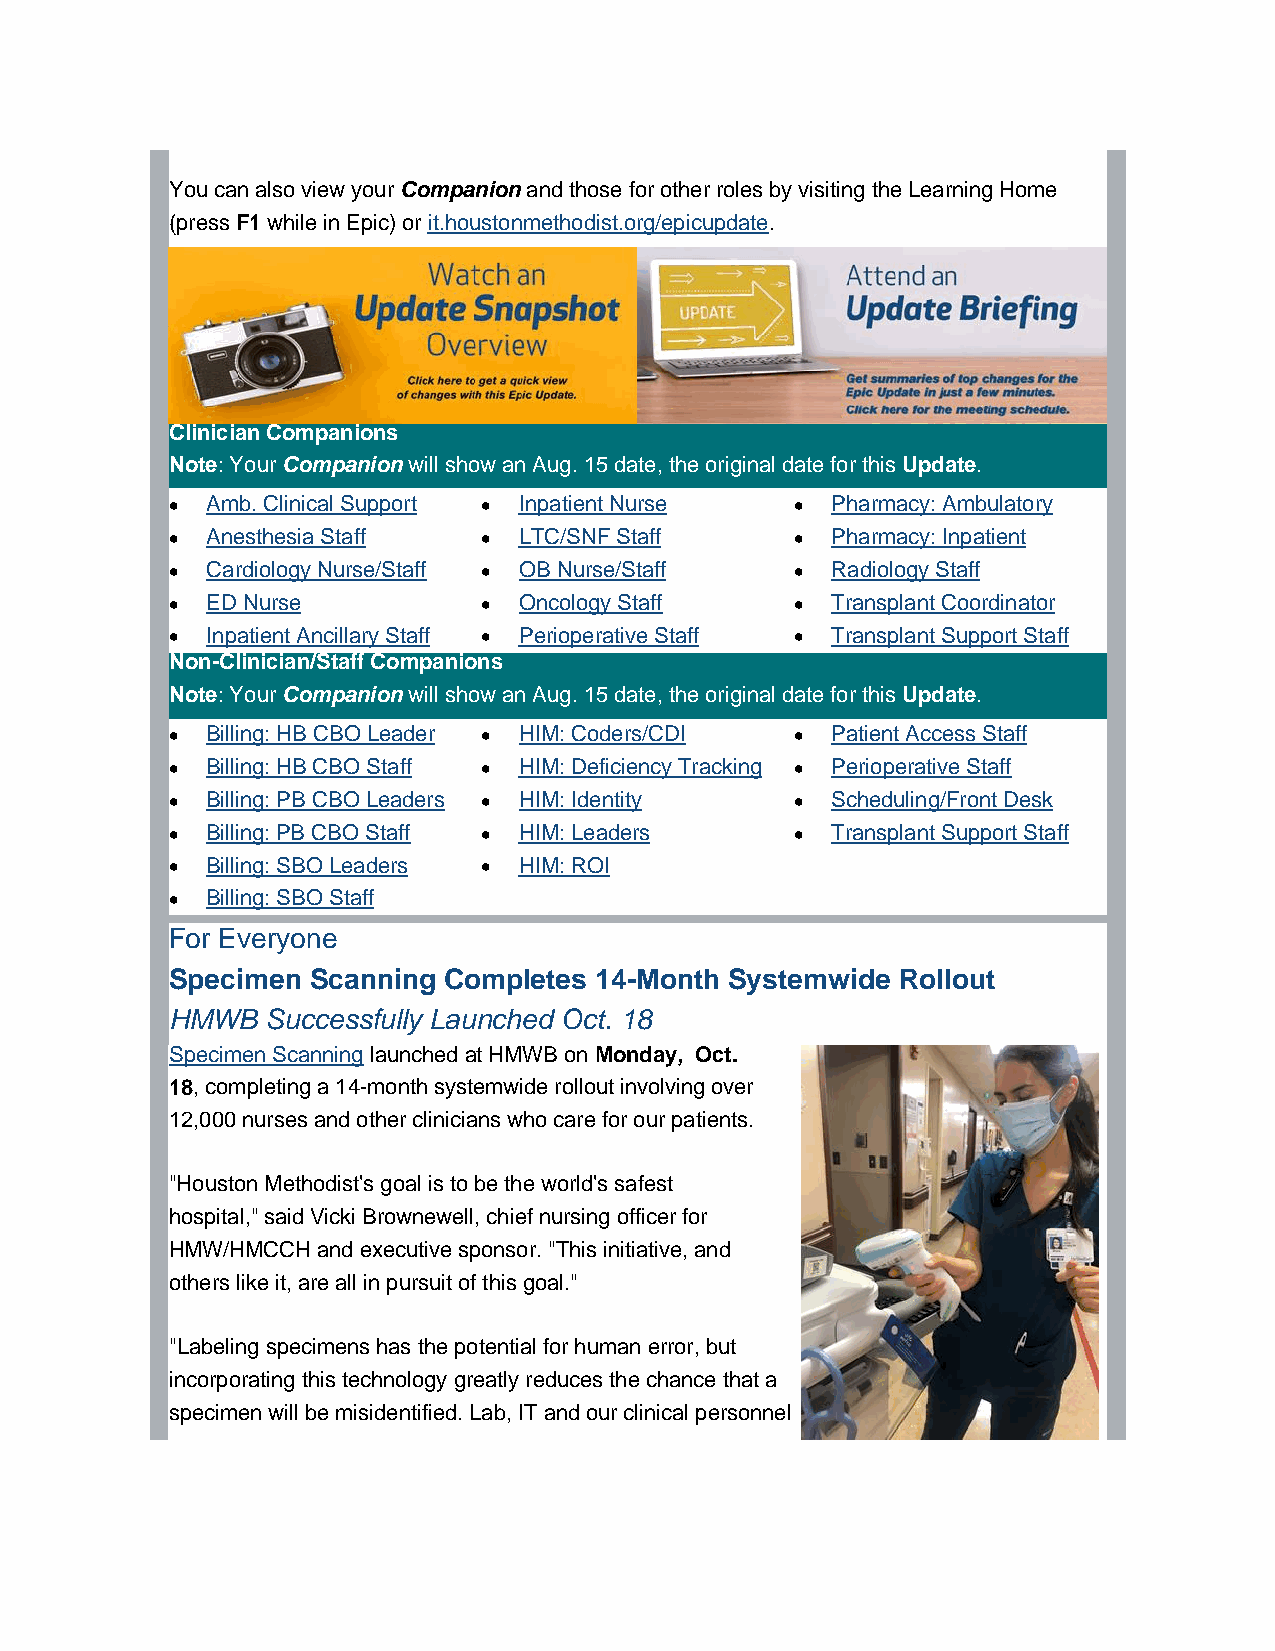
You can also view your Companion and those for other roles by visiting the Learning Home
 (press F1 while in Epic) or it.houstonmethodist.org/epicupdate.
 Clinician Companions
 Note: Your Companion will show an Aug. 15 date, the original date for this Update.
 •  Amb. Clinical Support • Inpatient Nurse • Pharmacy: Ambulatory
 •  Anesthesia Staff  • LTC/SNF Staff      • Pharmacy: Inpatient
 •  Cardiology Nurse/Staff • OB Nurse/Staff • Radiology Staff
 •  ED Nurse          • Oncology Staff     • Transplant Coordinator
 •  Inpatient Ancillary Staff • Perioperative Staff • Transplant Support Staff
 Non-Clinician/Staff Companions
 Note: Your Companion will show an Aug. 15 date, the original date for this Update.
 •  Billing: HB CBO Leader • HIM: Coders/CDI • Patient Access Staff
 •  Billing: HB CBO Staff • HIM: Deficiency Tracking • Perioperative Staff
 •  Billing: PB CBO Leaders • HIM: Identity • Scheduling/Front Desk
 •  Billing: PB CBO Staff • HIM: Leaders   • Transplant Support Staff
 •  Billing: SBO Leaders • HIM: ROI
 •  Billing: SBO Staff
 For Everyone
 Specimen  Scanning Completes 14-Month Systemwide Rollout
 HMWB   Successfully Launched Oct. 18
 Specimen Scanning launched at HMWB on Monday, Oct.
 18, completing a 14-month systemwide rollout involving over
 12,000 nurses and other clinicians who care for our patients.
 "Houston Methodist's goal is to be the world's safest
 hospital," said Vicki Brownewell, chief nursing officer for
 HMW/HMCCH and executive sponsor. "This initiative, and
 others like it, are all in pursuit of this goal."
 "Labeling specimens has the potential for human error, but
 incorporating this technology greatly reduces the chance that a
 specimen will be misidentified. Lab, IT and our clinical personnel